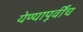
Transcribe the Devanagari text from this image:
येण्यापूर्वींच